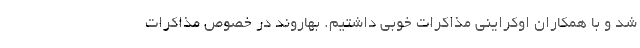
شد و با همکاران اوکراینی مذاکرات خوبی داشتیم. بهاروند در خصوص مذاکرات